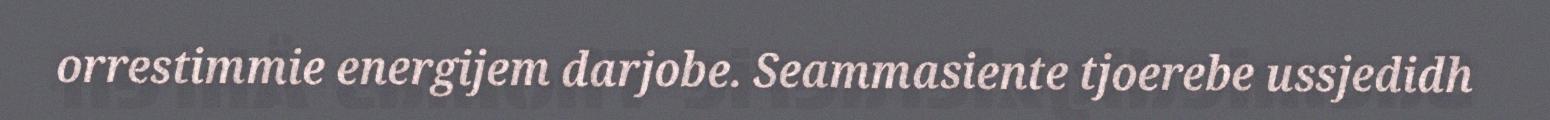
orrestimmie energijem darjobe. Seammasiente tjoerebe ussjedidh